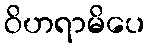
ဝိဟရာမိပေ